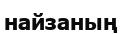
найзаның